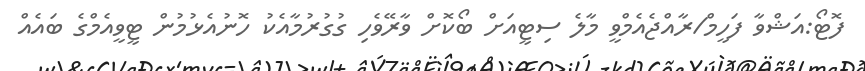
ފޮޓޯ:އަޝްވާ ފަހީމް/ރާއްޖެއެމްވީ މާލެ ސިޓީއަށް ބޯކޮށް ވާރޭވެހި ގުގުރުމާއެކު ހޮނުއެޅުމުން ޓީވީއެމްގެ ބައެއް